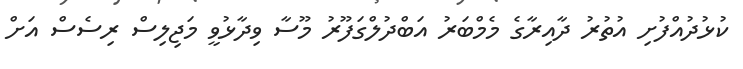
ކުޅުދުއްފުށި އުތުރު ދާއިރާގެ މެމްބަރު އަބްދުލްގަފޫރު މޫސާ ވިދާޅުވީ މަޖިލިސް ރިސެސް އަށް